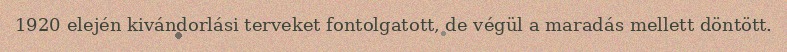
1920 elején kivándorlási terveket fontolgatott, de végül a maradás mellett döntött.